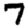
Digit: 7